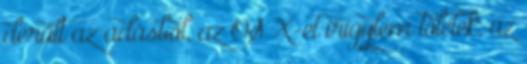
derült az adásból, az OS X-et irígylem tőletek, az